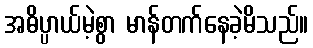
အဓိပ္ပာယ်မဲ့စွာ မာန်တက်နေခဲ့မိသည်။